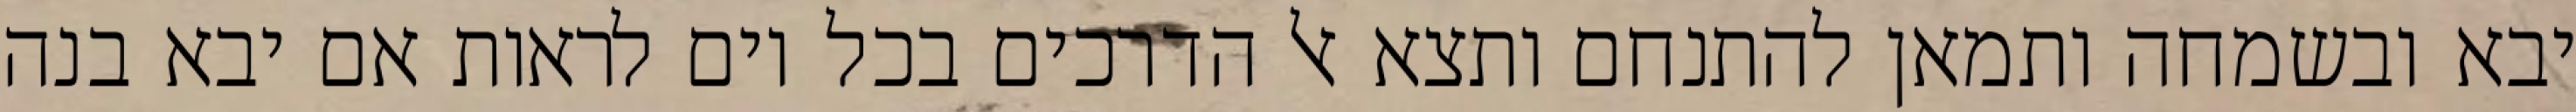
יבא ובשמחה ותמאן להתנחם ותצא אל הדרכים בכל יום לראות אם יבא בנה